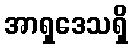
အာရှဒေသရှိ